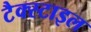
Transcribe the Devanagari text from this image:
टैक्स्टाइल